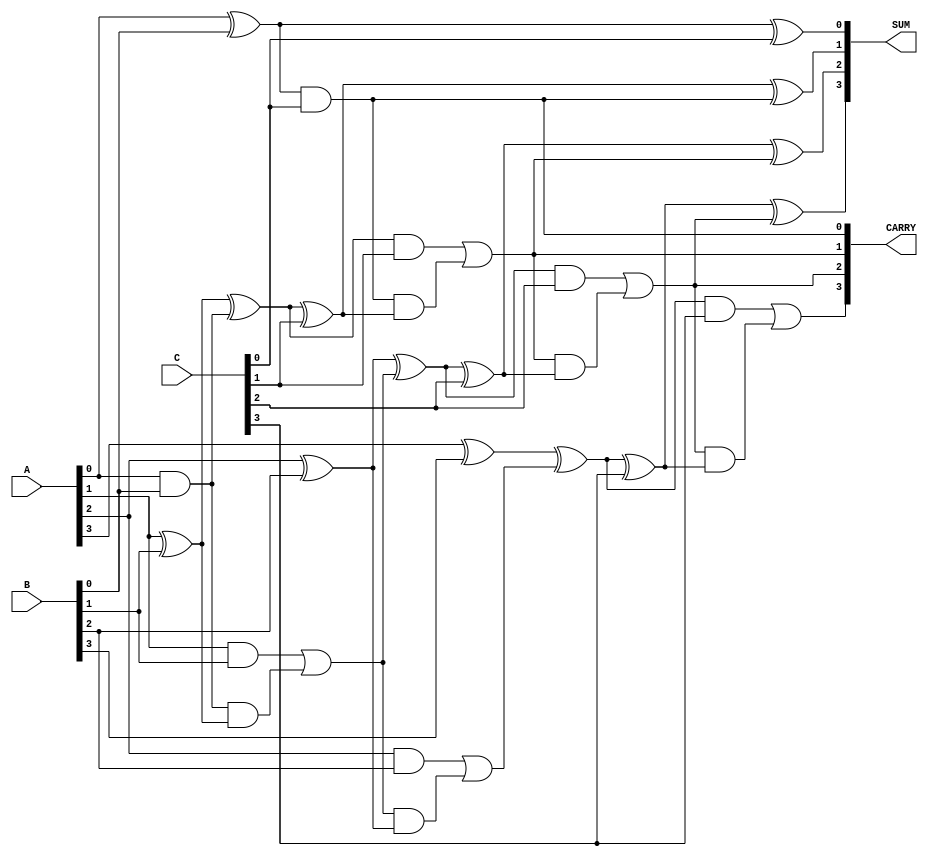
module dynamic_carry_save_adder (
    input [3:0] A, // First operand
    input [3:0] B, // Second operand
    input [3:0] C, // Third operand
    output [3:0] SUM, // Sum output
    output [3:0] CARRY // Carry output
);

    // Internal wires for intermediate carry and sum
    wire [3:0] sum_ab, carry_ab;
    wire [3:0] sum_abc, carry_abc;

    // Stage 1: Add A and B
    assign sum_ab[0] = A[0] ^ B[0];
    assign carry_ab[0] = A[0] & B[0];

    assign sum_ab[1] = A[1] ^ B[1] ^ carry_ab[0];
    assign carry_ab[1] = (A[1] & B[1]) | (carry_ab[0] & (A[1] ^ B[1]));

    assign sum_ab[2] = A[2] ^ B[2] ^ carry_ab[1];
    assign carry_ab[2] = (A[2] & B[2]) | (carry_ab[1] & (A[2] ^ B[2]));

    assign sum_ab[3] = A[3] ^ B[3] ^ carry_ab[2];
    assign carry_ab[3] = (A[3] & B[3]) | (carry_ab[2] & (A[3] ^ B[3]));

    // Stage 2: Add sum_ab and C
    assign SUM[0] = sum_ab[0] ^ C[0];
    assign CARRY[0] = sum_ab[0] & C[0];

    assign SUM[1] = sum_ab[1] ^ C[1] ^ CARRY[0];
    assign CARRY[1] = (sum_ab[1] & C[1]) | (CARRY[0] & (sum_ab[1] ^ C[1]));

    assign SUM[2] = sum_ab[2] ^ C[2] ^ CARRY[1];
    assign CARRY[2] = (sum_ab[2] & C[2]) | (CARRY[1] & (sum_ab[2] ^ C[2]));

    assign SUM[3] = sum_ab[3] ^ C[3] ^ CARRY[2];
    assign CARRY[3] = (sum_ab[3] & C[3]) | (CARRY[2] & (sum_ab[3] ^ C[3]));

endmodule